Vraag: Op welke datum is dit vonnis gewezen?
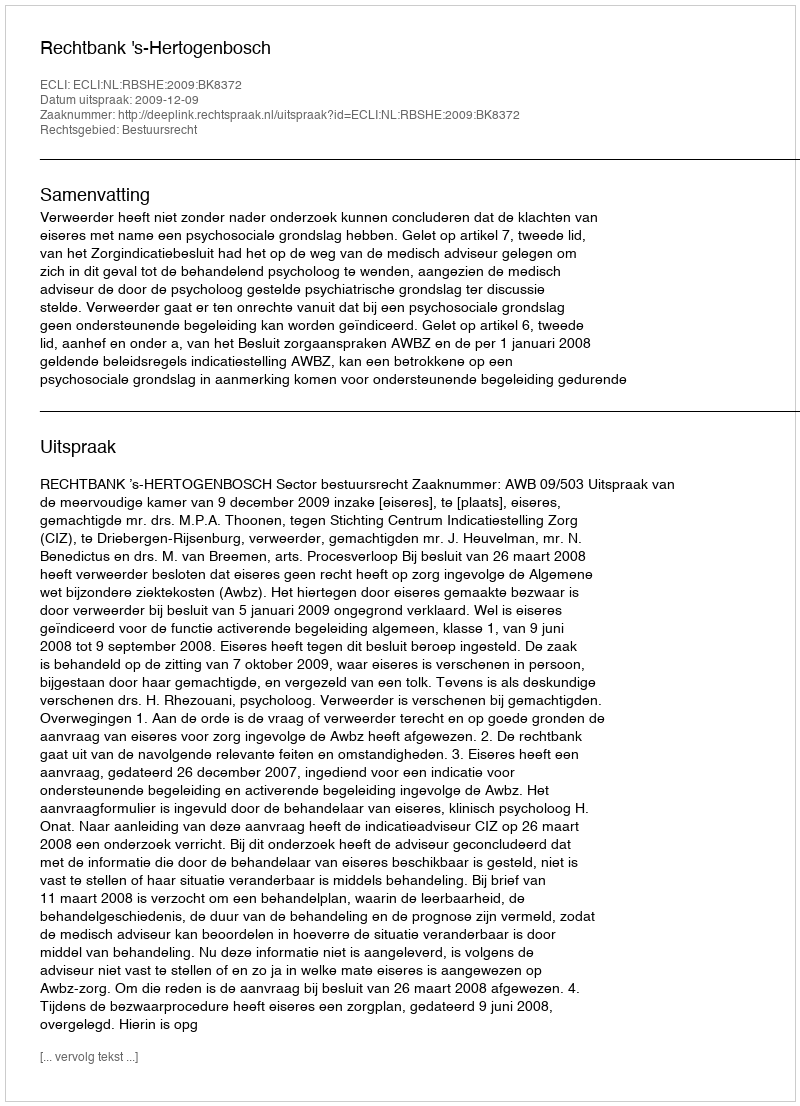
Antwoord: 2009-12-09